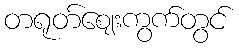
တရုတ်ဈေးကွက်တွင်